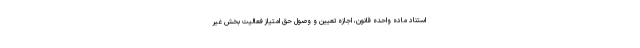
استناد ماده واحده قانون، اجازه تعیین و وصول حق امتیاز فعالیت بخش غیر